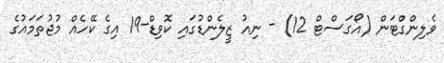
ވެލިންގްޓަން (އޯގަސްޓް 12) - ނިއު ޒީލެންޑުގައި ކޮވިޑް-19 އިގެ ކޭހެއް މުޖުތަމައުގެ